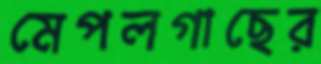
মেপলগাছের